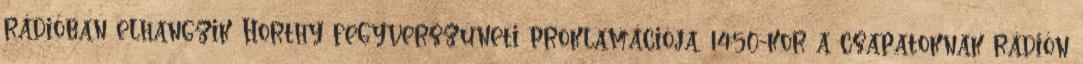
rádióban elhangzik Horthy fegyverszüneti proklamációja. 14:50-kor a csapatoknak rádión